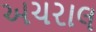
અચરાલ